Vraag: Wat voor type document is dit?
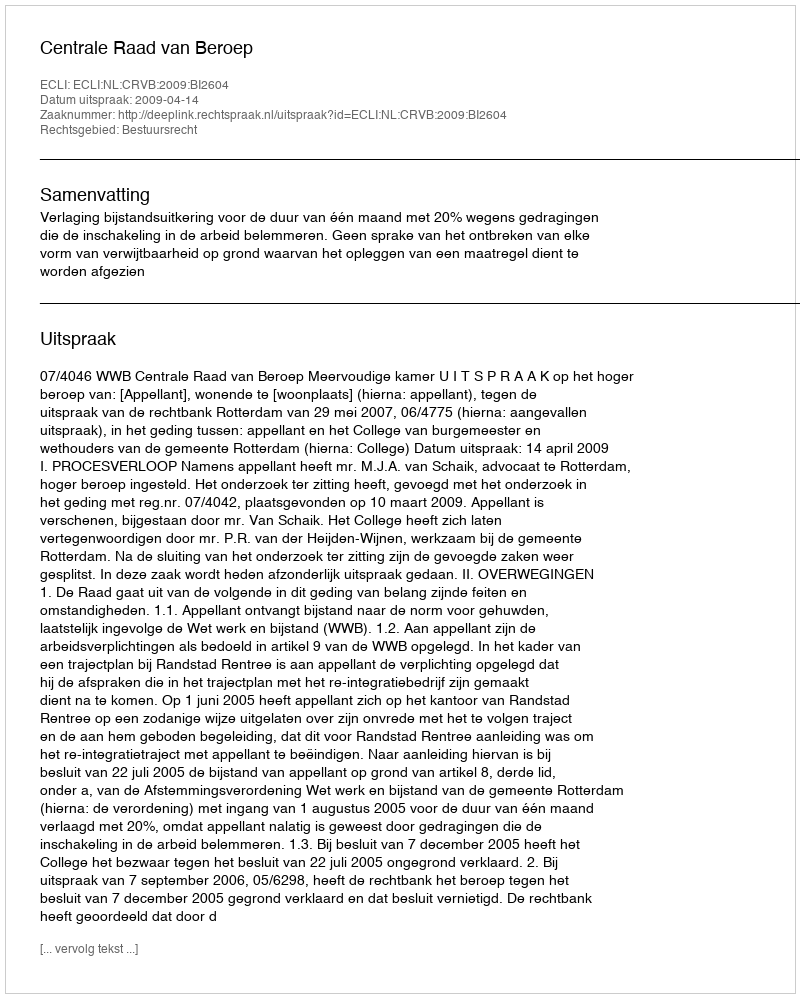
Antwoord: Uitspraak